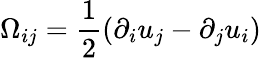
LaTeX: \Omega_{ij}=\frac{1}{2}(\partial_{i}u_{j}-\partial_{j}u_{i})